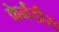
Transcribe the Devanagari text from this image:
फेर्नंडीस